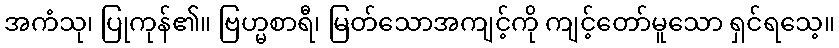
အကံသု၊ ပြုကုန်၏။ ဗြဟ္မစာရီ၊ မြတ်သောအကျင့်ကို ကျင့်တော်မူသော ရှင်ရသေ့။